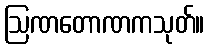
ဩဏတောဏကသုတ်။